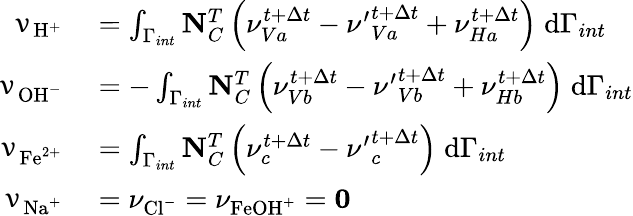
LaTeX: \begin{array}{rl}{\mathbf{\upnu}_{\mathrm{H}^{+}}}&{{}=\int_{\Gamma_{int}}\mathbf{N}_{C}^{T}\left(\nu_{Va}^{t+\Delta t}-{\nu^{\prime}}_{Va}^{t+\Delta t}+\nu_{Ha}^{t+\Delta t}\right)\; \mathrm{d}\Gamma_{int}}\\ {\mathbf{\upnu}_{\mathrm{OH}^{-}}}&{{}=-\int_{\Gamma_{int}}\mathbf{N}_{C}^{T}\left(\nu_{Vb}^{t+\Delta t}-{\nu^{\prime}}_{Vb}^{t+\Delta t}+\nu_{Hb}^{t+\Delta t}\right)\; \mathrm{d}\Gamma_{int}}\\ {\mathbf{\upnu}_{\mathrm{Fe}^{2+}}}&{{}=\int_{\Gamma_{int}}\mathbf{N}_{C}^{T}\left(\nu_{c}^{t+\Delta t}-{\nu^{\prime}}_{c}^{t+\Delta t}\right)\; \mathrm{d}\Gamma_{int}}\\ {\mathbf{\upnu}_{\mathrm{Na}^{+}}}&{{}=\nu_{\mathrm{Cl}^{-}}=\nu_{\mathrm{FeOH}^{+}}=\mathbf{0}}\end{array}